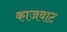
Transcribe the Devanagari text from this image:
काजवाट